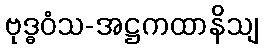
ဗုဒ္ဓဝံသ-အဋ္ဌကထာနိသျ